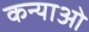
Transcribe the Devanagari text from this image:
कन्याओ